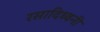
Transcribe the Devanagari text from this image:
रसादिध्वनी